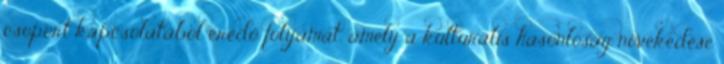
csoport kapcsolatából eredő folyamat, amely a kulturális hasonlóság növekedése